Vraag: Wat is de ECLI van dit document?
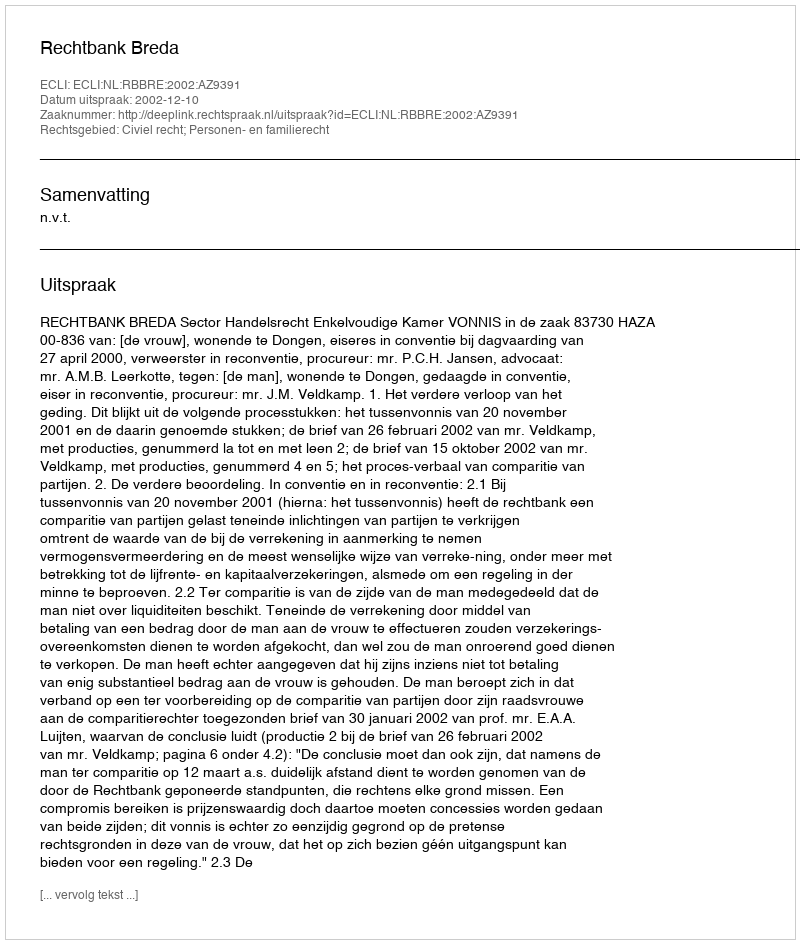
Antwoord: ECLI:NL:RBBRE:2002:AZ9391